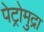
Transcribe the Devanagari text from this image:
पेट्रोमुद्रा